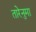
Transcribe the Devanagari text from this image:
तारेनुमा